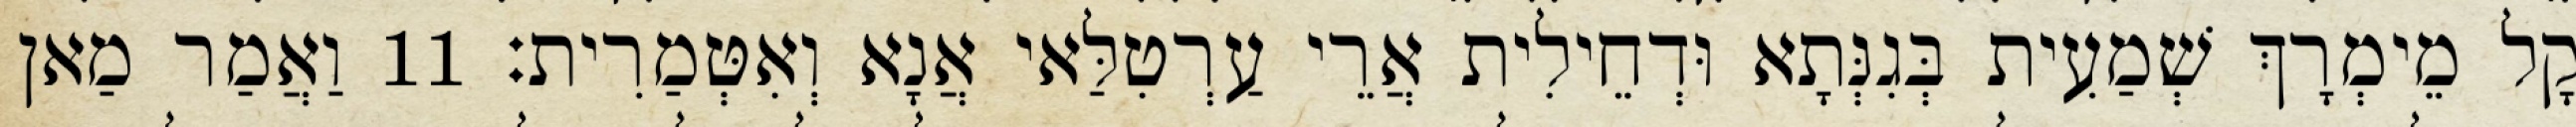
קָל מֵימְרָךְ שְׁמַעִית בְּגִנְּתָא וּדְחֵילִית אֲרֵי עַרְטִלַּאי אֲנָא וְאִטְּמַרִית׃ 11 וַאֲמַר מַאן